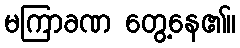
မကြာခဏ တွေ့နေ၏။